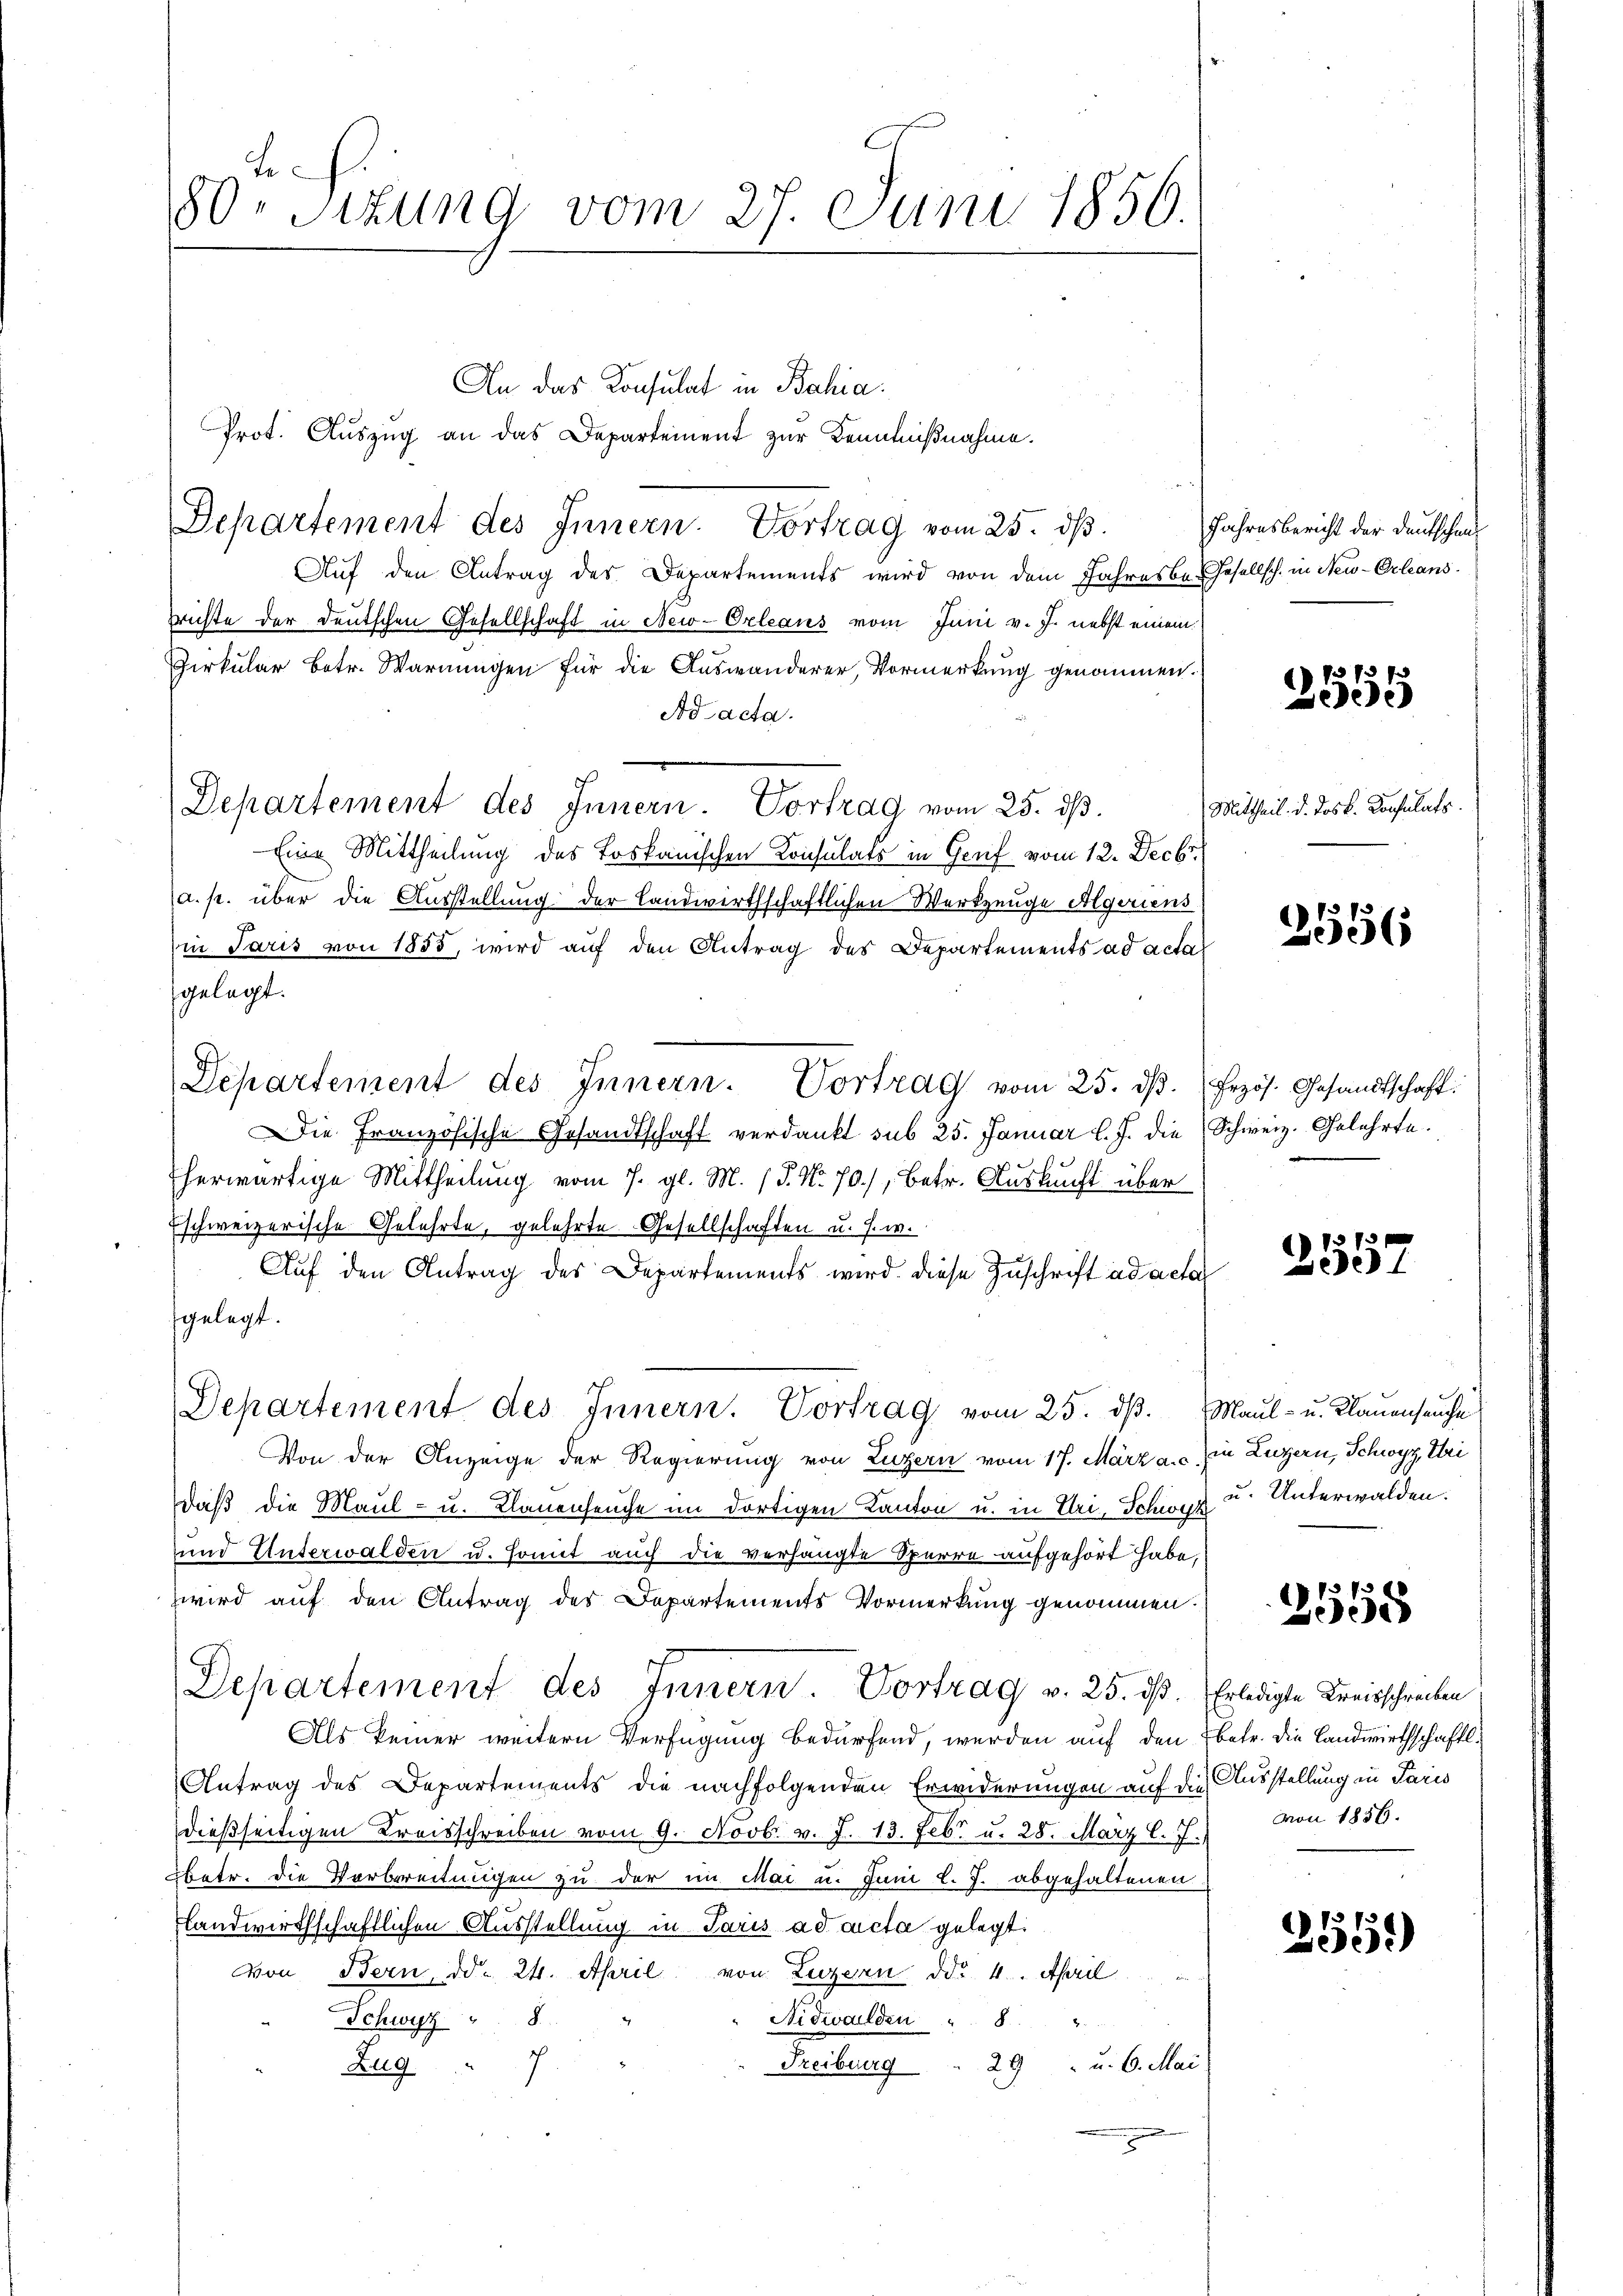
.
80. Situng vom 27. Juni 1856.

An das Konsulat in Bahia.
Prot. Auszug an das Departement zur Kenntnißnahme.
Departement des Innern. Vortrag vom 25. dβ.
Auf den Antrag des Departements wird von dem Jahresbe-Gesellsch. in New-Orleans
rrichte der Deutschen Gesellschaft in New-Orleans vom Juni v. J. nebst einem
Zirkular betr. Warnungen für die Auswanderer, Vormerkung genommen.
Ad acta.
Departement des Innern. Vortrag vom 25. ds.
Eine Mittheilung des Loskanischen Konsulats in Greif vom 12. Decbr.
a. p. über die Ausstellung der Landwirthschaftlichen Werkzeuge Algeriens
in Paris von 1855, wird auf den Antrag des Departements ad actal
gelegt.
Departement des Innern. Vortrag vom 25. dβ. (Frzös. Gesandtschaft:
Die Französische Gesandtschaft verdankt sub 25. Januar l. J. die Schweiz. Gelehrte.
7
herwärtige Mittheilung vom 7. gl. M. (T. No. 70), betr. Auskucht über
Eschweizerische Gelehrte, gelehrte Gesellschaften u. s. w.
Aŭf den Antrag des Departements wird diese Zuschrift ad acta
fgelegt.
Departement des Innern. Vortrag vom 25. dβ. Maul- u. Klauenseuche
Von der Anzeige der Regierung von Luzern vom 17. März a. c. in Luzern, Schwyz, Uri
daß die Maul- u. Klauenseuche im dortigen Kanton u. in Uri, Schwyz u. Unterwalden.
und Unterwalden u. somit auch die verhängte Sperre aufgehört habe,
wird auf den Antrag des Departements Vormerkung genommen.
Departement des Innern. Vortrag v. 25. dß. Erledigte Kreisschreiben
Als keiner weitern Verfügung bedürfend, werden auf den Ebetr. die Landwirthschaftl.
Antrag des Departements die nachfolgenden Erwiderungen auf die Ausstellung in Paris
dießseitigen Kreisschreiben vom 9. Novbr. v. J. 13. Febr. u. 28. März l. J. von 1856.
betr. die Vorbereitungen zu der im Mai u. Juni l. J. abgehaltenen
flandwirthschaftlichen Ausstellung in Paris ad acta gelegt.
von Bern, d. 24. April von Luzern ddo. 4. April
Schwyz 8
Nidwalden " 8
29 u. 6. Mai
Freiburg
Zug
.

Jahresbericht der Deutschen

(13731.
Bedene

Mittheil. d. das k. Konsulats.

2556

2557

17
0

2559)